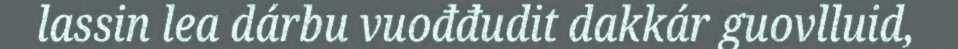
lassin lea dárbu vuođđudit dakkár guovlluid,